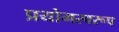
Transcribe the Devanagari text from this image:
प्रयोगस्वरूप